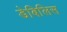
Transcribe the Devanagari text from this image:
डेबिलिस